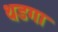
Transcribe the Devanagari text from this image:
थडगा